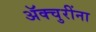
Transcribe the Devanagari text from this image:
ॲक्चुरींना